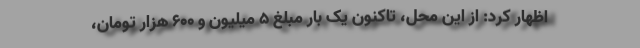
اظهار کرد: از این محل، تاکنون یک بار مبلغ ۵ میلیون و ۶۰۰ هزار تومان،